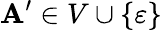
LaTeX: \mathbf{A}^{\prime}\in V\cup\{ \varepsilon\}